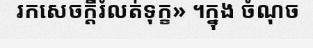
រកសេចក្តីរំលត់ទុក្ខ» ។ក្នុង ចំណុច